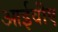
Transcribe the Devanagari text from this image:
आईवीए